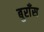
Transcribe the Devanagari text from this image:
बुराँस